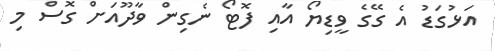
އަޅުގަޑު އެ ގޭގެ ވީޑިޔޯ އާއި ފޮޓޯ ނެގިން ވާދޫއަށް ގޮސް މި